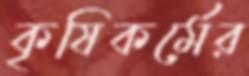
কৃষিকর্মের